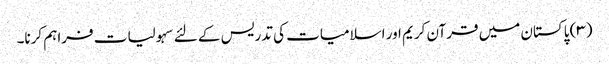
(۳) پاکستان میں قرآن کریم اور اسلامیات کی تدریس کے لئے سہولیات فراہم کرنا۔